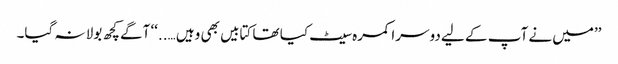
’’میں نے آپ کے لیے دوسرا کمرہ سیٹ کیا تھا کتابیں بھی وہیں …..‘‘ آگے کچھ بولا نہ گیا۔